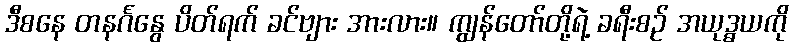
ဒီစနေ တနင်္ဂနွေ ပိတ်ရက် ခင်ဗျား အားလား။ ကျွန်တော်တို့ရဲ့ ခရီးစဉ် အယုဒ္ဓယကို